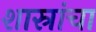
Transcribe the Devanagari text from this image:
शास्रांचा